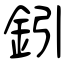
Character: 鈏